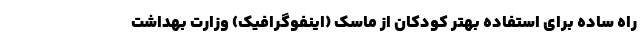
راه ساده برای استفاده بهتر کودکان از ماسک (اینفوگرافیک) وزارت بهداشت